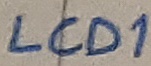
Text: LCD1